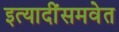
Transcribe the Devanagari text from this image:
इत्यादींसमवेत